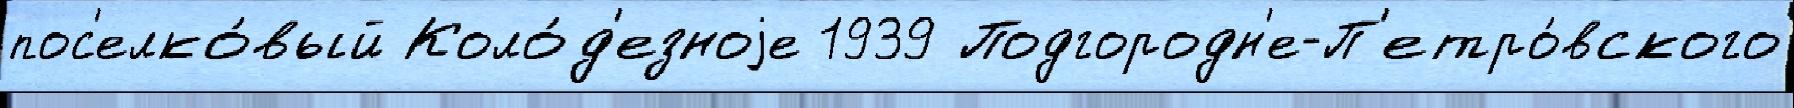
пос'елко́вый Коло́д'езноjе 1939 Подгородн'е-П'етро́вского